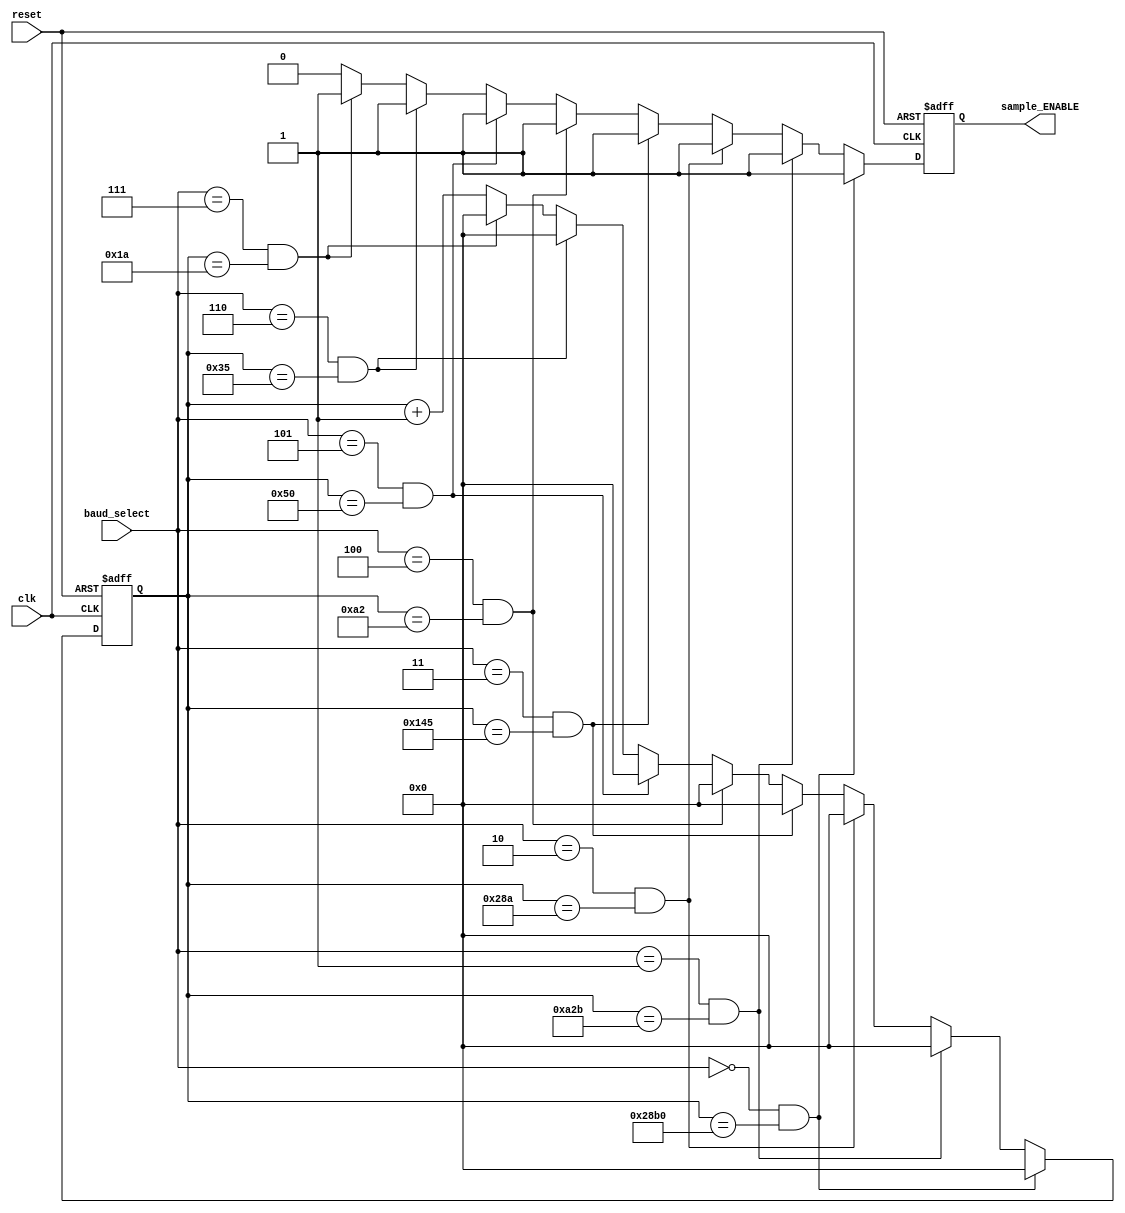
`timescale 1ns / 1ps
//////////////////////////////////////////////////////////////////////////////////
// Company: ---
//
// Design Name:  -----
// Module Name:   baud_controller
// Project Name: UART Lab02 Project
// Target Devices: FPGA Spartan 3
// Tool versions: -----
// Description:
//
// Dependencies:
//
// Revision:
// Revision 0.01 - File Created
// Additional Comments:
//
//////////////////////////////////////////////////////////////////////////////////

module baud_controller(reset,clk,baud_select,sample_ENABLE);
input reset,clk;
input[2:0] baud_select;
output reg sample_ENABLE;
reg [13:0] cycle_counter;

//cycles to count for count_max
//more info on the report and excel spreadsheet
parameter COUNT_MAX_000 = 10416,
			 COUNT_MAX_001 = 2603,
			 COUNT_MAX_010 = 650,
			 COUNT_MAX_011 = 325,
			 COUNT_MAX_100 = 162,
			 COUNT_MAX_101 = 80,
			 COUNT_MAX_110 = 53,
			 COUNT_MAX_111 = 26;

//counter loop ->choose when to reset its value based on baud
//rate and its maximum counter value
always @(posedge clk or posedge reset) begin
  if(reset ==1'b1) begin //initialize counter
    cycle_counter<=0;
    sample_ENABLE<=0;
  end
  else if(baud_select == 3'b000 && cycle_counter == COUNT_MAX_000) begin
    cycle_counter<=0;
	  sample_ENABLE<=1;
  end
  else if(baud_select == 3'b001 && cycle_counter == COUNT_MAX_001) begin
    cycle_counter<=0;
	  sample_ENABLE<=1;
  end
  else if(baud_select == 3'b010 && cycle_counter == COUNT_MAX_010) begin
    cycle_counter<=0;
	  sample_ENABLE<=1;
  end
  else if(baud_select == 3'b011 && cycle_counter == COUNT_MAX_011) begin
    cycle_counter<=0;
	  sample_ENABLE<=1;
  end
  else if(baud_select == 3'b100 && cycle_counter == COUNT_MAX_100) begin
    cycle_counter<=0;
	  sample_ENABLE<=1;
  end
  else if(baud_select == 3'b101 && cycle_counter == COUNT_MAX_101) begin
    cycle_counter<=0;
	  sample_ENABLE<=1;
  end
  else if(baud_select == 3'b110 && cycle_counter == COUNT_MAX_110) begin
    cycle_counter<=0;
	  sample_ENABLE<=1;
  end
  else if(baud_select == 3'b111 && cycle_counter == COUNT_MAX_111) begin
    cycle_counter<=0;
	  sample_ENABLE<=1;
  end
  else begin//haven't reach any max
    cycle_counter<=cycle_counter+1;
	  sample_ENABLE<=0;
  end
end


endmodule